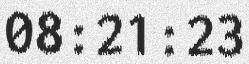
08:21:23